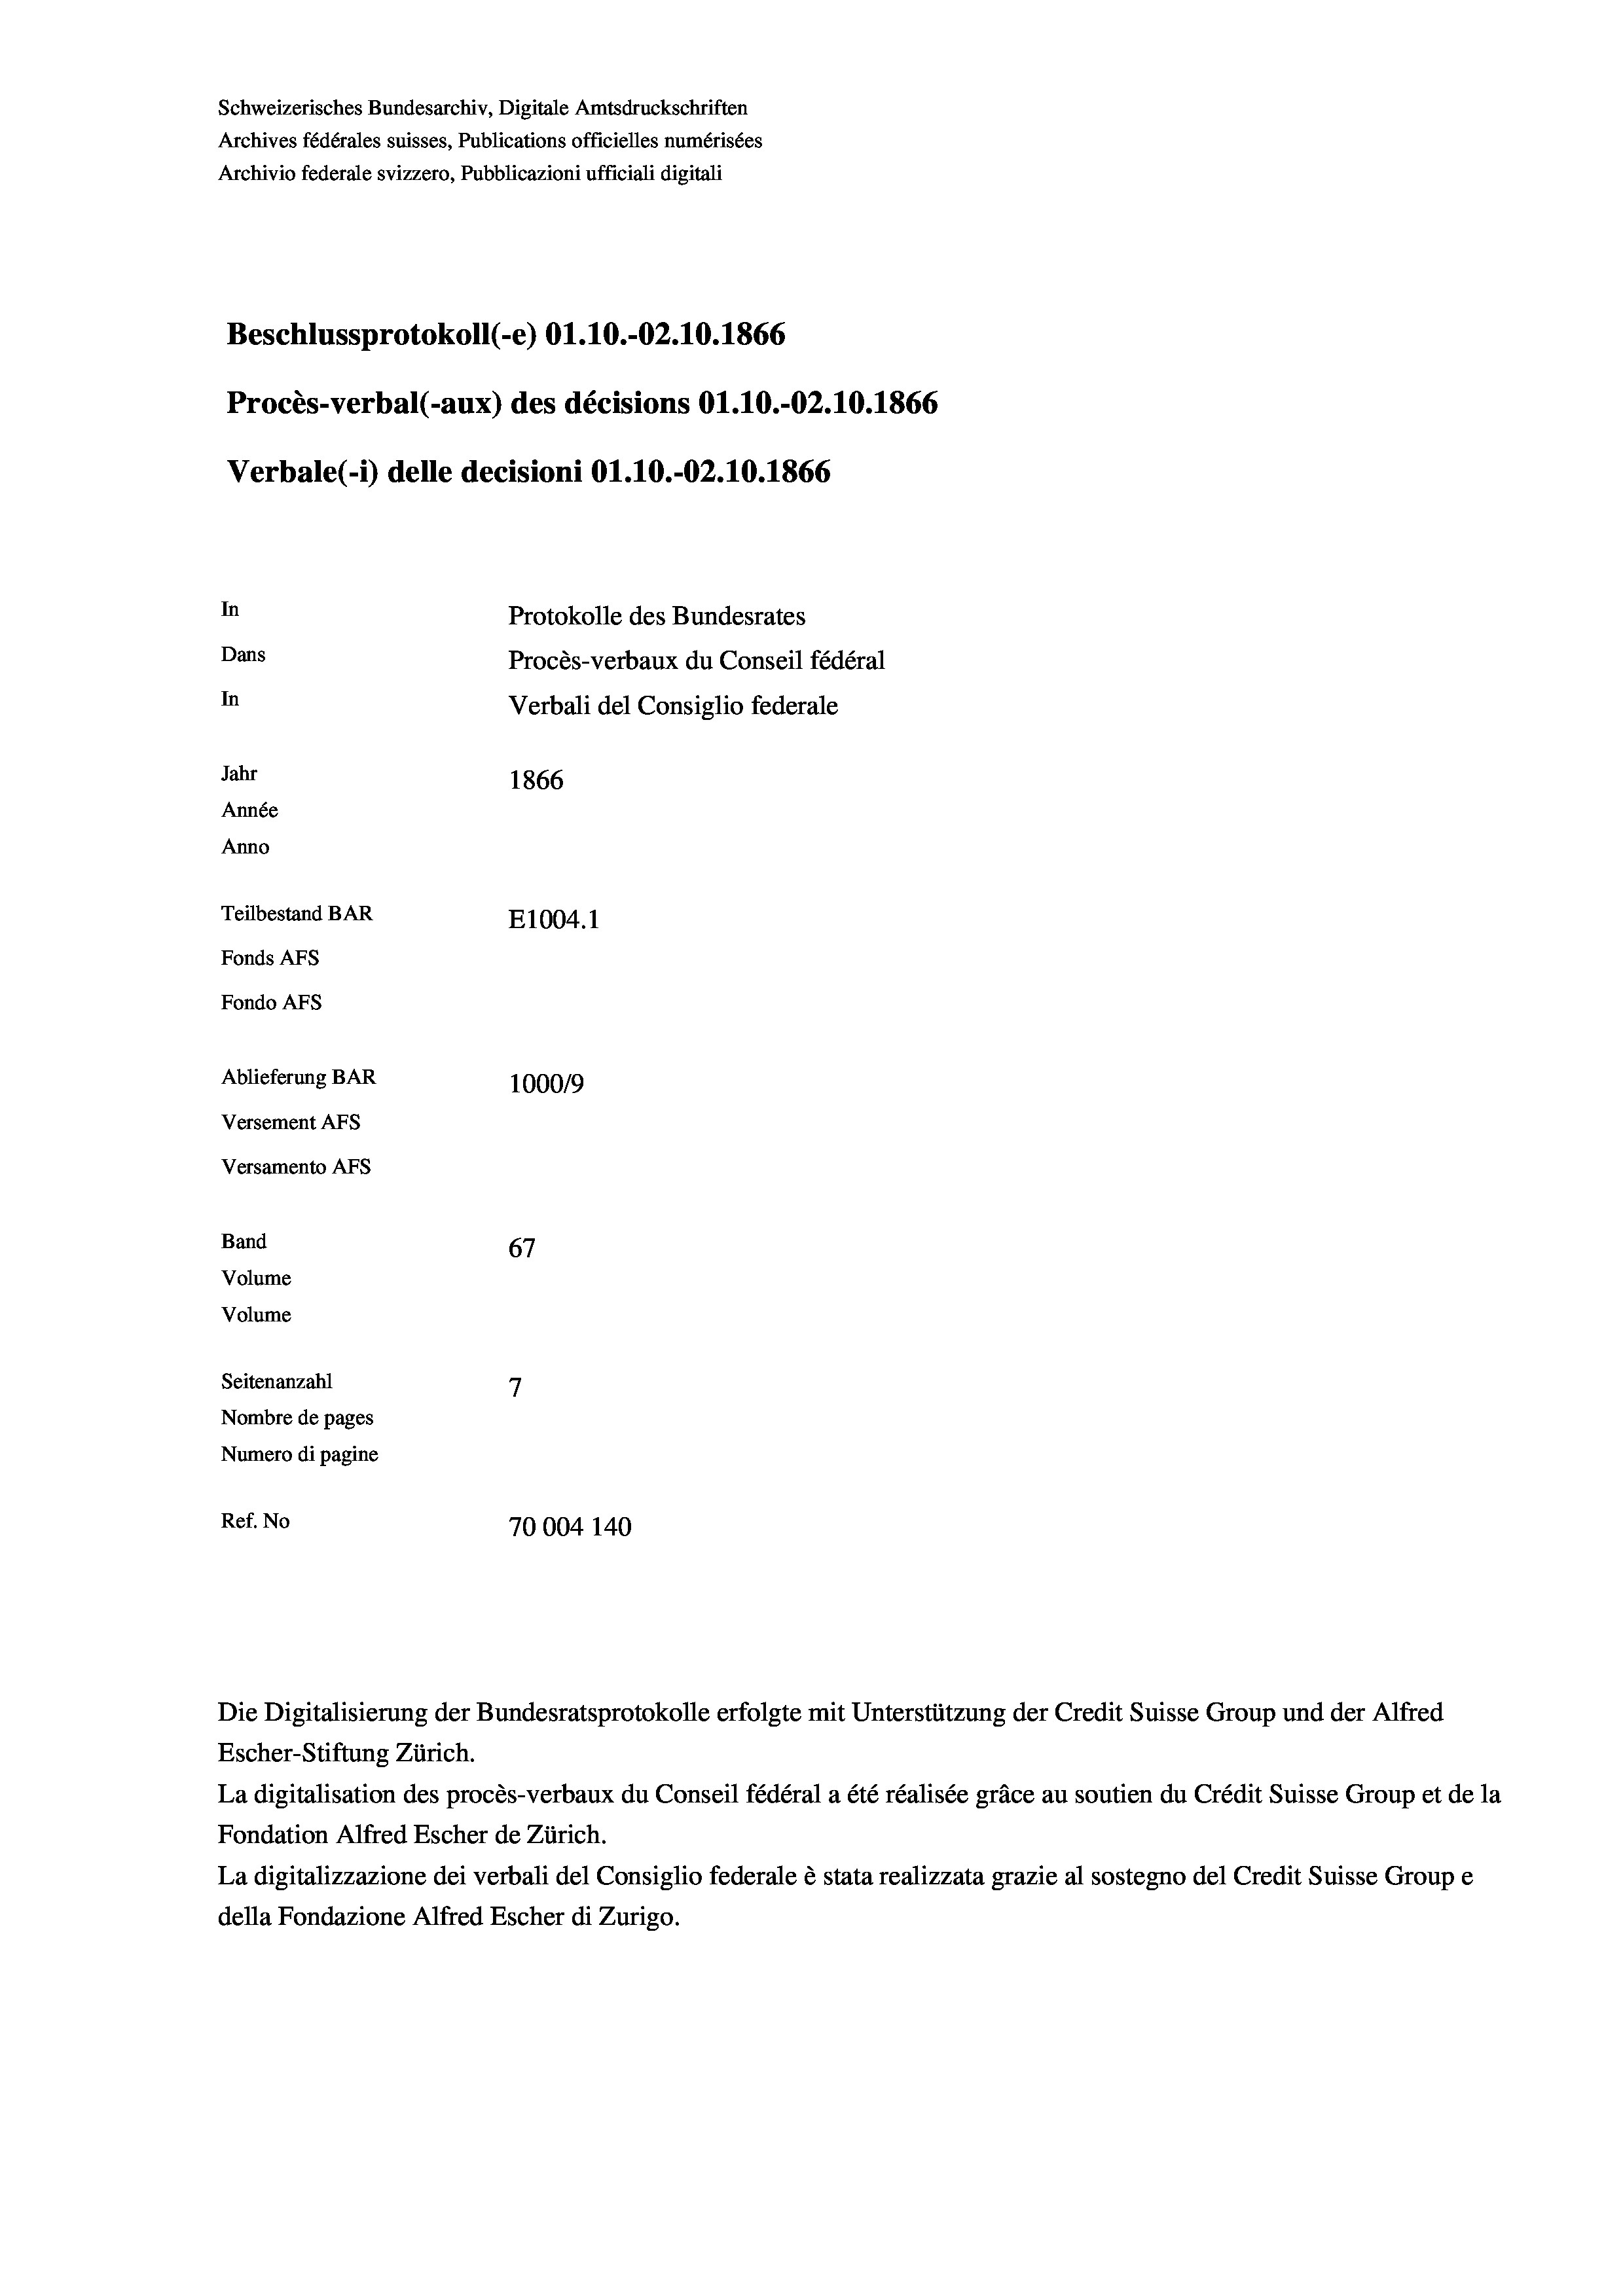
Schweizerisches Bundesarchiv, Digitale Amtsdruckschriften
Archives fédérales suisses, Publications officielles numérisées
Archivio federale svizzero, Pubblicazioni ufficiali digitali
Beschlussprotokoll (-e) O1.10.-02.10.1866
Procès-verbal (-aux) des décisions 01.10.-02.10.1866
Verbale(*) delle decisioni O1.10.-O2.10.1866
In
Protokolle des Bundesrates
Dans
Procès-verbaux du Conseil fédéral
In
Verbali del Consiglio federale
Jahr
1866
Année
Anno
Teilbestand BAR
E1004.1
Fonds AFs
Fondo AFS
Ablieferung BAR
100019
Versement AFs
Versamento AFs
Band
67
Volume
Volume
7
Seitenanzahl
Nombre de pages
Numero di pagine
Ref. No
70004 140

Escher-Stiftung Zürich.
La digitalisation des procès-verbaux du Conseil fédéral a été réalisée gräce au soutien du Crédit Suisse Group et de la
Fondation Alfred Escher de Zürich.
La digitalizzazione dei verbali del Consiglio federale è stata realizzata grazie al sostegno del Credit Suisse Groupe
della Fondazione Alfred Escher di Zurigo.

Die Digitalisierung der Bundesratsprotokolle erfolgte mit Unterstützung der Credit Suisse Group und der Alfred